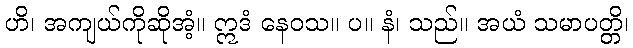
ဟိ၊ အကျယ်ကိုဆိုအံ့။ ဣဒံ နေဝသ။ ပ။ နံ၊ သည်။ အယံ သမာပတ္တိ၊